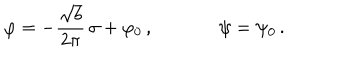
\varphi = - \frac { \sqrt { b } } { 2 \pi } \, \sigma + \varphi _ { 0 } \, , \, \, \, \, \, \, \, \, \, \, \, \, \, \, \, \, \, \, \, \, \, \psi = \psi _ { 0 } \, .